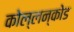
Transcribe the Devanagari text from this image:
कोल्लन्कोड